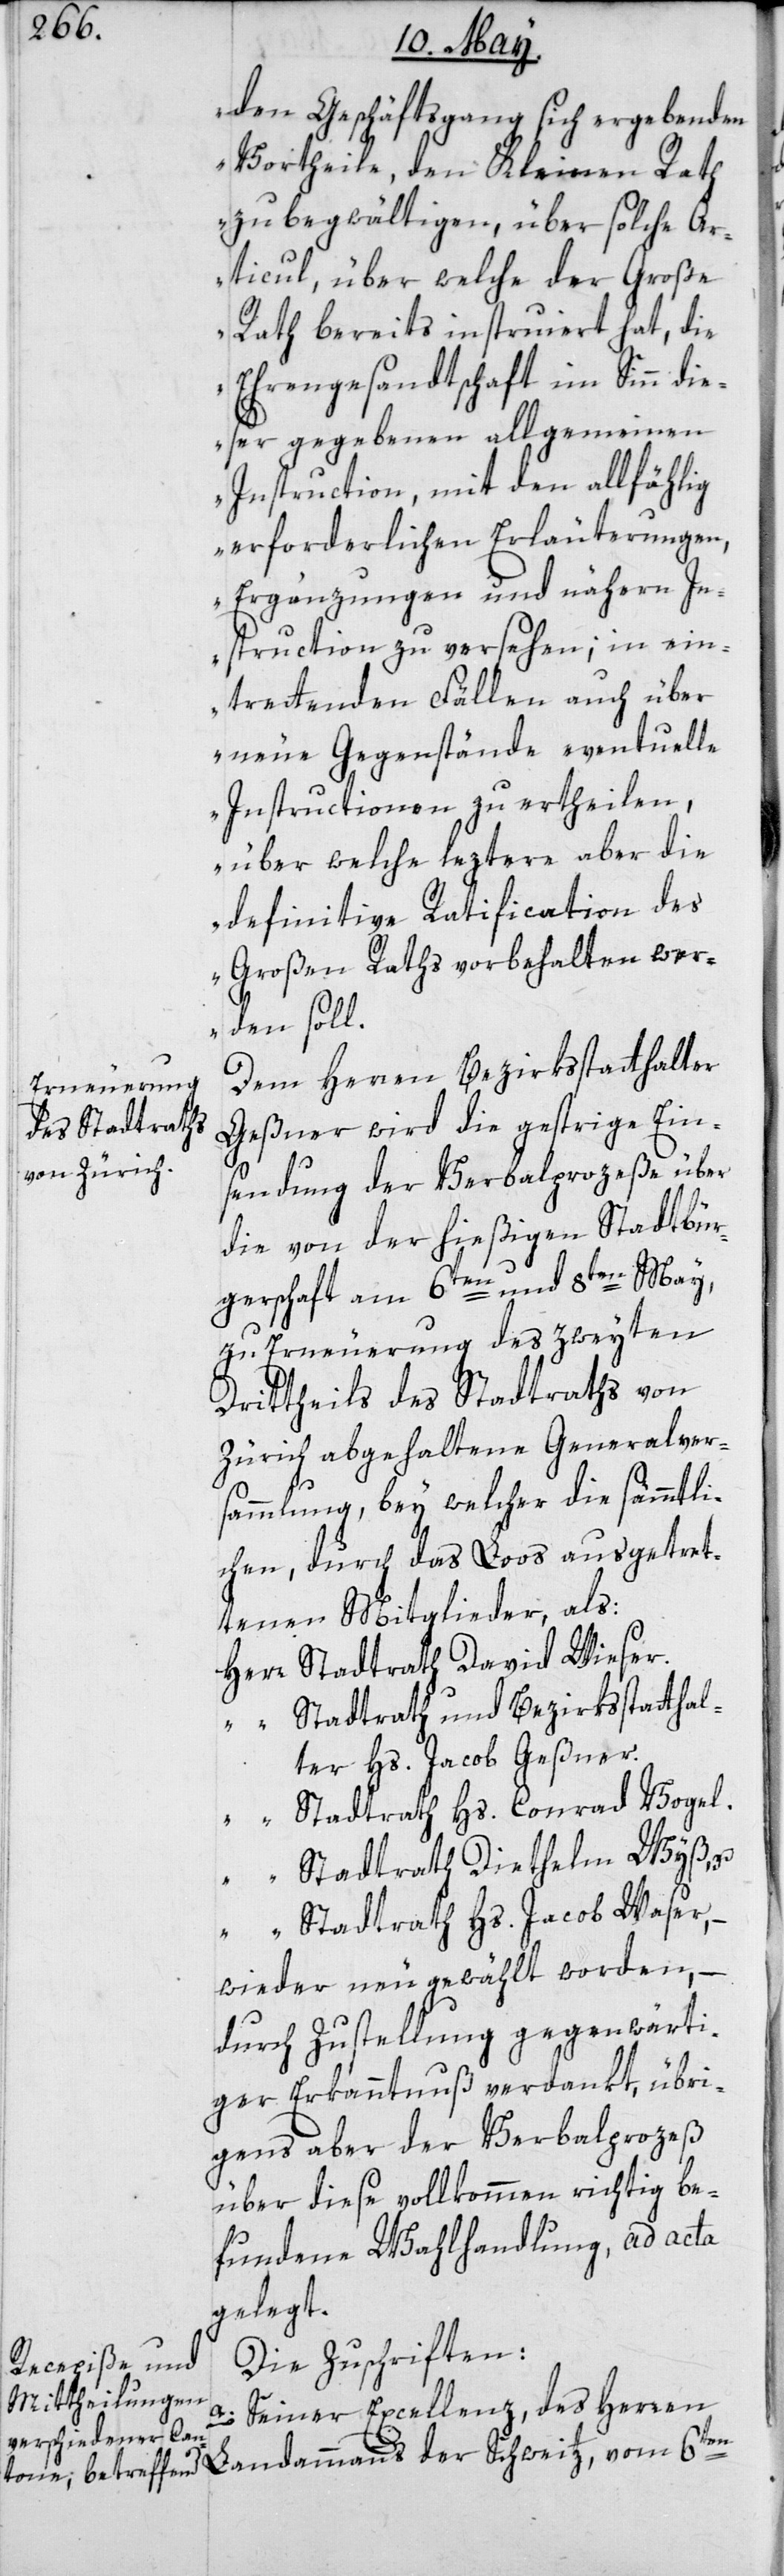
den Geschäftsgang sich ergebenden
Vortheile, den Kleinen Rath
zu begwältigen, über solche Ar¬
ticul, über welche der Große
Rath bereits instruiert hat, die
Ehrengesandtschaft im Sinn die¬
ser gegebenen allgemeinen
Instruction, mit den allfählig
erforderlichen Erläuterungen,
Ergänzungen und nähern In¬
struction zu versehen; in ein¬
trettenden Fällen auch über
neue Gegenstände eventuelle
Instructionen zu ertheilen,
über welche leztere aber die
definitive Ratification des
Großen Raths vorbehalten wer¬
den soll“.
Dem Herren Bezirksstatthalter
Geßner wird die gestrige Ein¬
sendung der Verbalprozeße über
die von der hießigen Stadtbür¬
gerschaft am 6ten und 8ten May,
zu Erneuerung des zweyten
Drittheils des Stadtraths von
Zürich abgehaltene Generalver¬
sammlung, bey welcher die sämmtli¬
chen, durch das Loos ausgetret¬
tenen Mitglieder, als:
Herr Stadtrath David Wieser;
“ Stadtrath und Bezirksstatthal¬
ter Hs. Jacob Geßner;
“ Stadtrath Hs. Conrad Vogel;
“ Stadtrath Diethelm Wyß, u.
“ Stadtrath Hs. Jacob Waser,
wieder neu gewählt worden, –
durch Zustellung gegenwärti¬
ger Erkanntnuß verdankt, übri¬
gens aber der Verbalproceß
über diese vollkommen richtig be¬
fundene Wahlhandlung, ad acta
gelegt.
Die Zuschriften:
a) Seiner Excellenz, des Herren
der